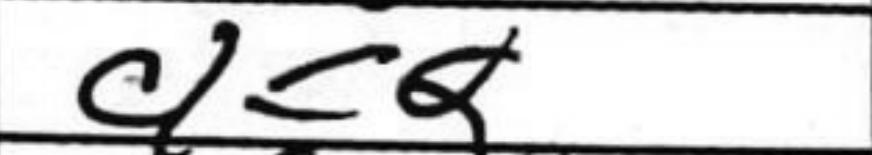
Transcription: c1=Q